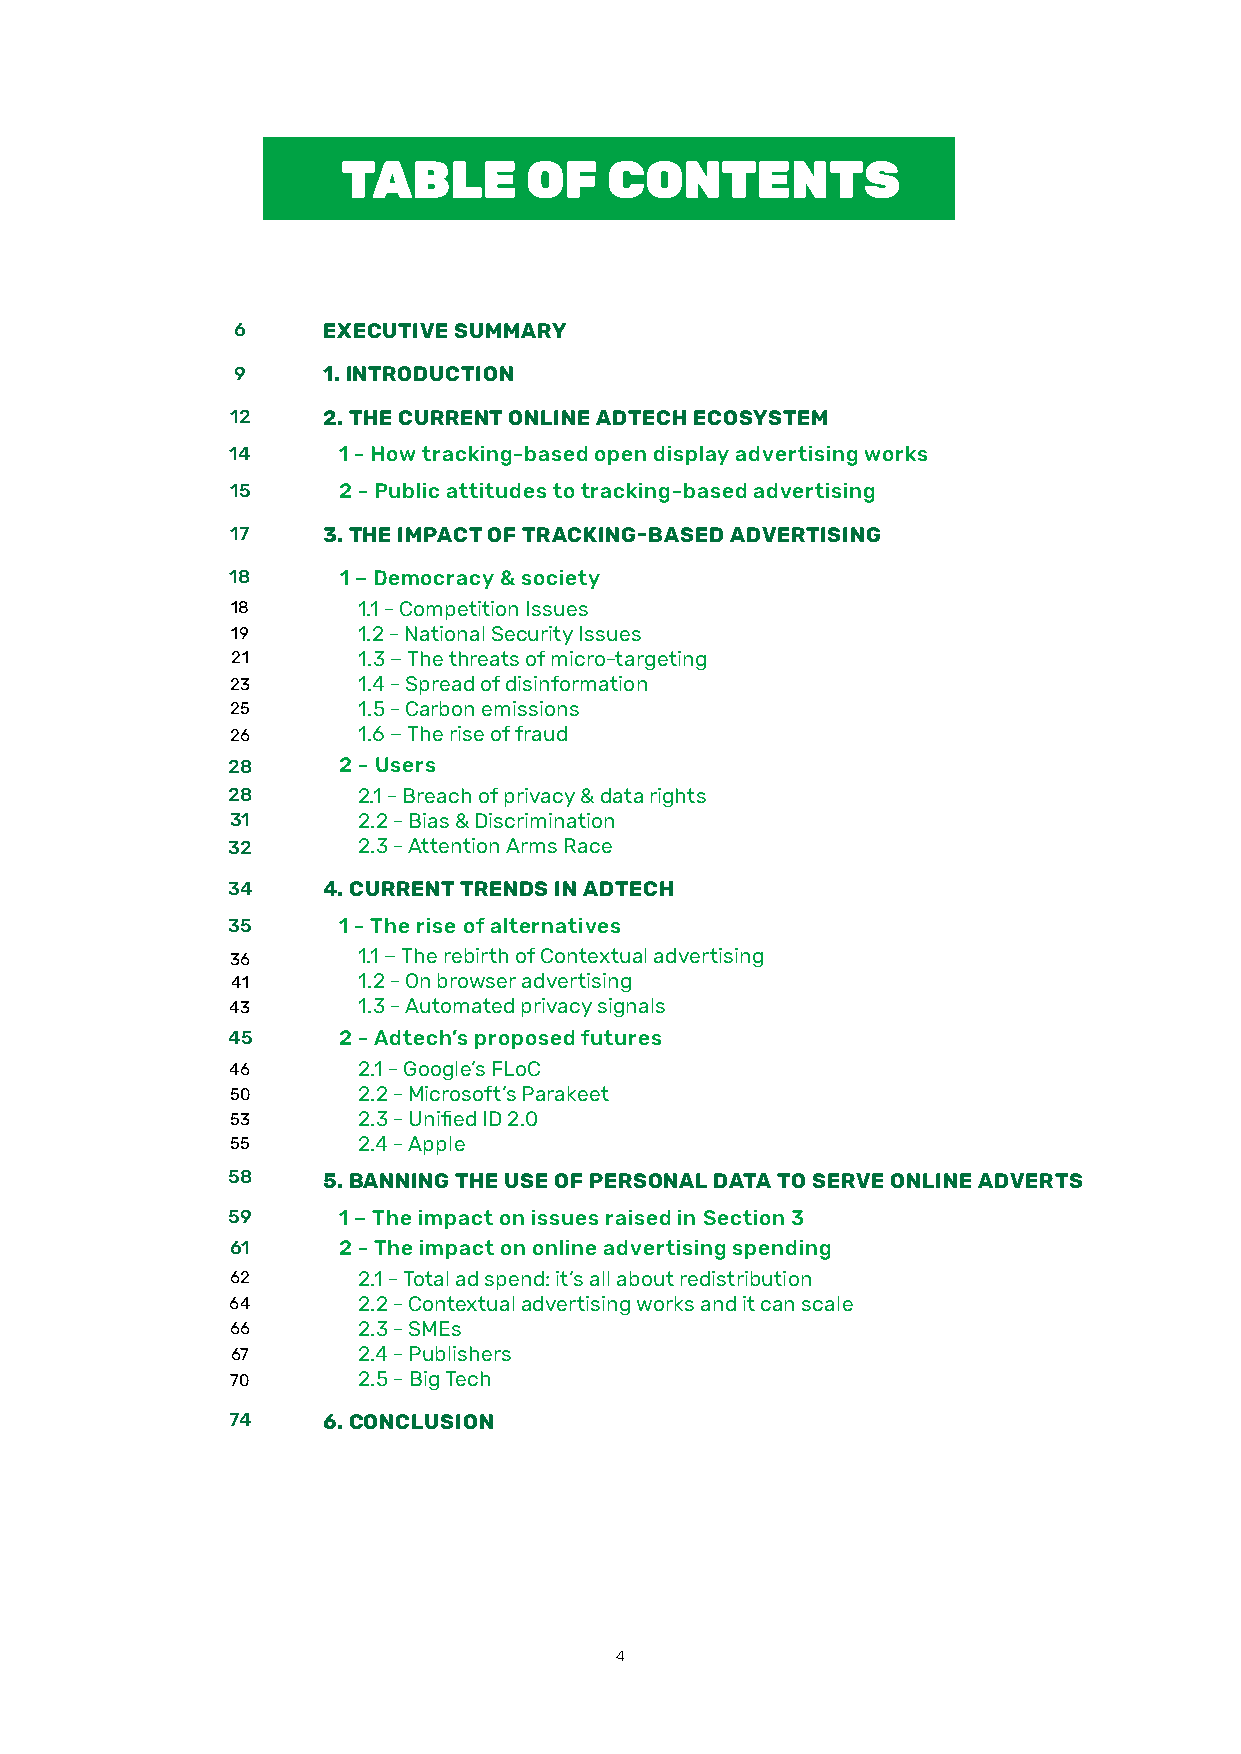
TABLE       OF   CONTENTS
 6     EXECUTIVE SUMMARY
 9     1. INTRODUCTION
 12    2. THE CURRENT ONLINE ADTECH ECOSYSTEM
 14     1 - How tracking-based open display advertising works
 15     2 - Public attitudes to tracking-based advertising
 17    3. THE IMPACT OF TRACKING-BASED ADVERTISING
 18     1 – Democracy & society
 18       1.1 - Competition Issues
 19       1.2 - National Security Issues
 21       1.3 – The threats of micro-targeting
 23       1.4 - Spread of disinformation
 25       1.5 - Carbon emissions
 26       1.6 – The rise of fraud
 28     2 - Users
 28       2.1 - Breach of privacy & data rights
 31       2.2 - Bias & Discrimination
 32       2.3 - Attention Arms Race
 34    4. CURRENT TRENDS IN ADTECH
 35     1 - The rise of alternatives
 36       1.1 – The rebirth of Contextual advertising
 41       1.2 - On browser advertising
 43       1.3 - Automated privacy signals
 45     2 - Adtech’s proposed futures
 46       2.1 - Google’s FLoC
 50       2.2 - Microsoft’s Parakeet
 53       2.3 - Unified ID 2.0
 55       2.4 - Apple
 58    5. BANNING THE USE OF PERSONAL DATA TO SERVE ONLINE ADVERTS
 59     1 – The impact on issues raised in Section 3
 61     2 - The impact on online advertising spending
 62       2.1 - Total ad spend: it’s all about redistribution
 64       2.2 - Contextual advertising works and it can scale
 66       2.3 - SMEs
 67       2.4 - Publishers
 70       2.5 - Big Tech
 74    6. CONCLUSION
 4